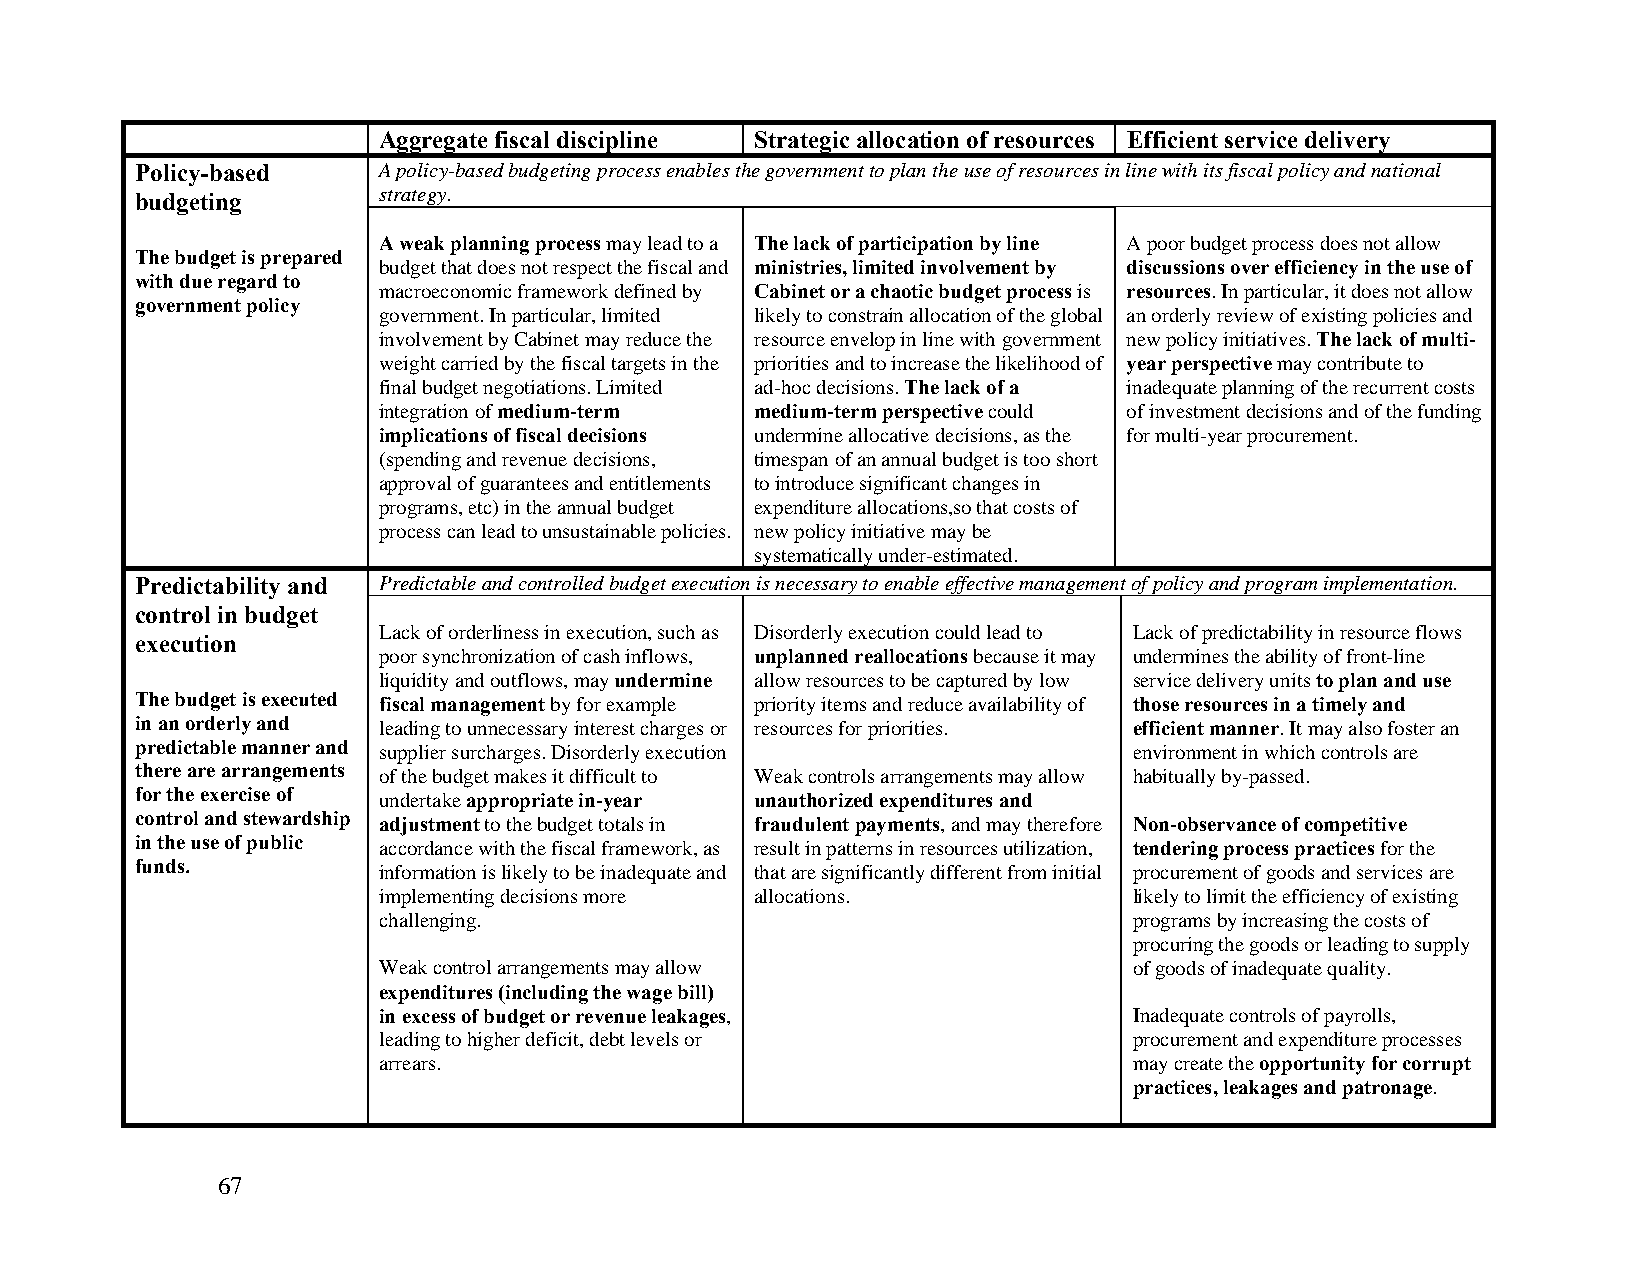
Aggregate fiscal discipline Strategic allocation of resources Efficient service delivery
 Policy-based    A policy-based budgeting process enables the government to plan the use of resources in line with its fiscal policy and national
 budgeting       strategy.
 A weak planning process may lead to a The lack of participation by line A poor budget process does not allow
 The budget is prepared
 budget that does not respect the fiscal and ministries, limited involvement by discussions over efficiency in the use of
 with due regard to
 macroeconomic framework defined by Cabinet or a chaotic budget process is resources. In particular, it does not allow
 government policy
 government. In particular, limited likely to constrain allocation of the global an orderly review of existing policies and
 involvement by Cabinet may reduce the resource envelop in line with government new policy initiatives. The lack of multi-
 weight carried by the fiscal targets in the priorities and to increase the likelihood of year perspective may contribute to
 final budget negotiations. Limited ad-hoc decisions. The lack of a inadequate planning of the recurrent costs
 integration of medium-term medium-term perspective could of investment decisions and of the funding
 implications of fiscal decisions undermine allocative decisions, as the for multi-year procurement.
 (spending and revenue decisions, timespan of an annual budget is too short
 approval of guarantees and entitlements to introduce significant changes in
 programs, etc) in the annual budget expenditure allocations,so that costs of
 process can lead to unsustainable policies. new policy initiative may be
 systematically under-estimated.
 Predictability and Predictable and controlled budget execution is necessary to enable effective management of policy and program implementation.
 control in budget
 Lack of orderliness in execution, such as Disorderly execution could lead to Lack of predictability in resource flows
 execution
 poor synchronization of cash inflows, unplanned reallocations because it may undermines the ability of front-line
 liquidity and outflows, may undermine allow resources to be captured by low service delivery units to plan and use
 The budget is executed fiscal management by for example priority items and reduce availability of those resources in a timely and
 in an orderly and leading to unnecessary interest charges or resources for priorities. efficient manner. It may also foster an
 predictable manner and supplier surcharges. Disorderly execution  environment in which controls are
 there are arrangements of the budget makes it difficult to Weak controls arrangements may allow habitually by-passed.
 for the exercise of undertake appropriate in-year unauthorized expenditures and
 control and stewardship adjustment to the budget totals in fraudulent payments, and may therefore Non-observance of competitive
 in the use of public accordance with the fiscal framework, as result in patterns in resources utilization, tendering process practices for the
 funds.          information is likely to be inadequate and that are significantly different from initial procurement of goods and services are
 implementing decisions more allocations.          likely to limit the efficiency of existing
 challenging.                                      programs by increasing the costs of
 procuring the goods or leading to supply
 Weak control arrangements may allow               of goods of inadequate quality.
 expenditures (including the wage bill)
 in excess of budget or revenue leakages,          Inadequate controls of payrolls,
 leading to higher deficit, debt levels or         procurement and expenditure processes
 arrears.                                          may create the opportunity for corrupt
 practices, leakages and patronage.
 67